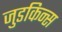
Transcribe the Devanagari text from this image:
जुडकिन्स